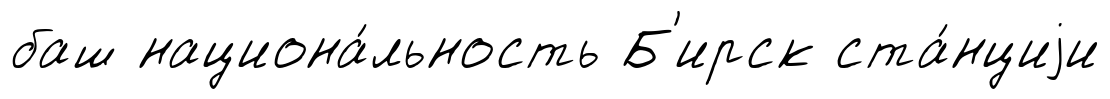
баш национа́льность Б'ирск ста́нциjи